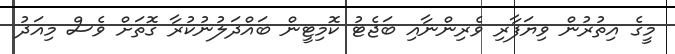
މީގެ އިތުރުން ވިޔަފާރި ވެރިންނާއި ބަޖެޓު ކޮމިޓީން ބައްދަލުނުކުރާ ގޮތަށް ވެސް މިއަދު